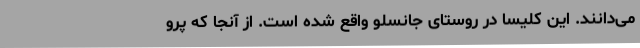
می‌دانند. این کلیسا در روستای جانسلو واقع شده است. از آنجا که پرو